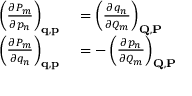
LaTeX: \begin{array} { r l } { \left( { \frac { \partial P _ { m } } { \partial p _ { n } } } \right) _ { \mathbf { q } , \mathbf { p } } } & { { } = \left( { \frac { \partial q _ { n } } { \partial Q _ { m } } } \right) _ { \mathbf { Q } , \mathbf { P } } } \\ { \left( { \frac { \partial P _ { m } } { \partial q _ { n } } } \right) _ { \mathbf { q } , \mathbf { p } } } & { { } = - \left( { \frac { \partial p _ { n } } { \partial Q _ { m } } } \right) _ { \mathbf { Q } , \mathbf { P } } } \end{array}